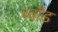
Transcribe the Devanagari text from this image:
ब्वॉड